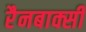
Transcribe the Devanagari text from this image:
रैनबाक्सी